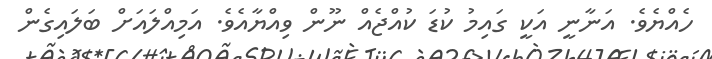
ހެއްޔެވެ. އަނާނީ އަކީ ގައިމު ކުޑަ ކުއްޖެއް ނޫން ވިއްޔާއެވެ. އަމިއްލައަށް ބަލައިގެން